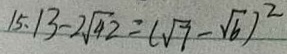
1 5 . 1 3 - 2 \sqrt { 4 2 } = ( \sqrt { 7 } - \sqrt { 6 } ) ^ { 2 }